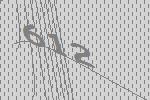
612